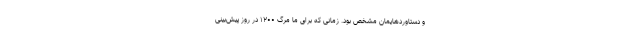
و دستاوردهایمان مشخص بود. زمانی که برای ما مرگ ۱۲۰۰ در روز پیش‌بینی